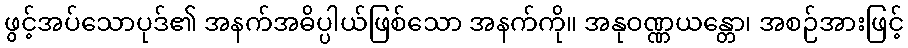
ဖွင့်အပ်သောပုဒ်၏ အနက်အဓိပ္ပါယ်ဖြစ်သော အနက်ကို။ အနုဝဏ္ဏယန္တော၊ အစဉ်အားဖြင့်